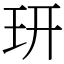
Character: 𤣿